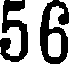
56